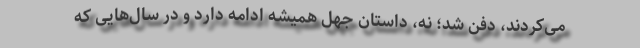
می‌کردند، دفن شد؛ نه، داستان جهل همیشه ادامه دارد و در سال‌هایی که